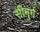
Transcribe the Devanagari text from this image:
सीमुर्ग